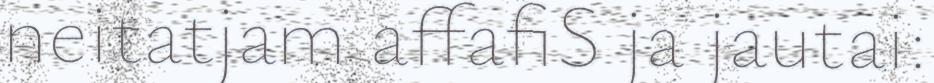
neitatjam affafiS ja jautai: